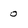
Character: 0